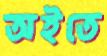
অইতে